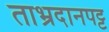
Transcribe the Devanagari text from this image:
ताभ्रदानपट्ट